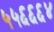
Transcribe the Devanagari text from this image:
५५६६६४